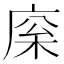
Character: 庺